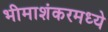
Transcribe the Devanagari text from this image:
भीमाशंकरमध्ये